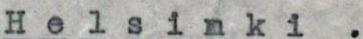
Helsinki .